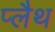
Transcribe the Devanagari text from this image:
प्लैथ